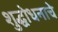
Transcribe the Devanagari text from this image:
शुद्धोधनाचे